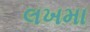
લખમા